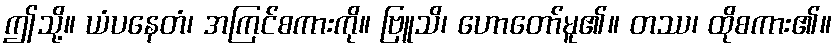
ဤသို့။ ယံပနေတံ၊ အကြင်စကားကို။ ဗြူသိ၊ ဟောတော်မူ၏။ တဿ၊ ထိုစကား၏။